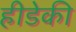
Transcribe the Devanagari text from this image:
हीडेकी